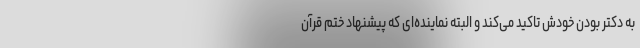
به دکتر بودن خودش تاکید می‌کند و البته نماینده‌ای که پیشنهاد ختم قرآن